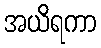
အယိရကာ